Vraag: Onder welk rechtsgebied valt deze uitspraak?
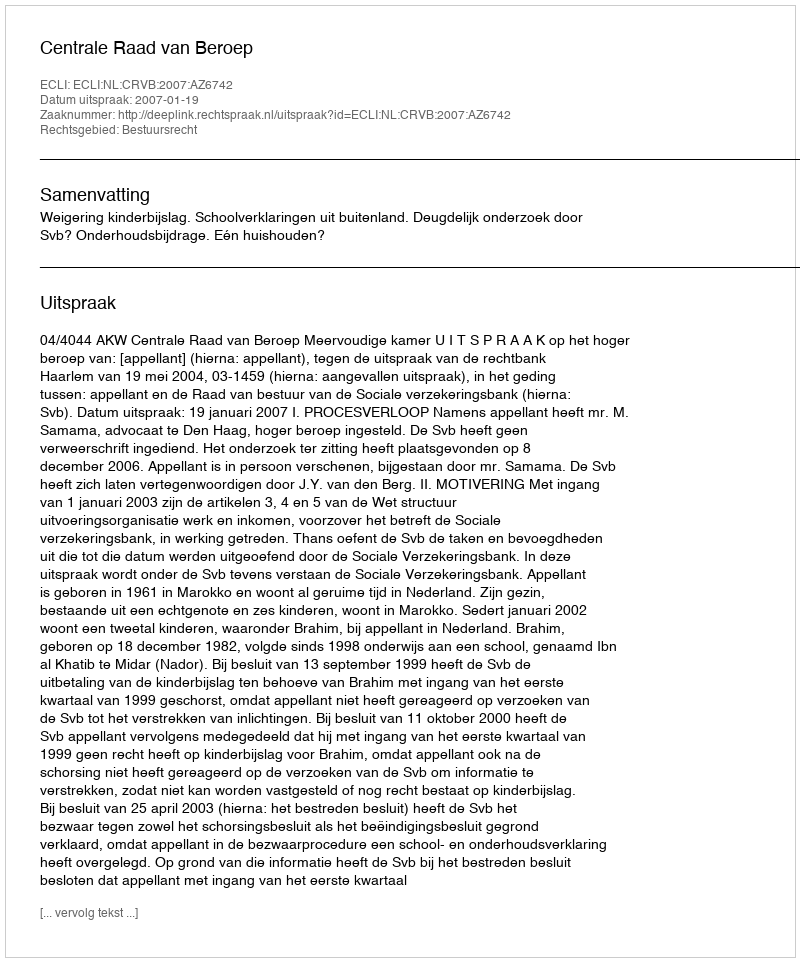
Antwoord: Bestuursrecht